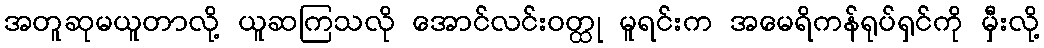
အတူဆုမယူတာလို့ ယူဆကြသလို အောင်လင်းဝတ္ထု မူရင်းက အမေရိကန်ရုပ်ရှင်ကို မှီးလို့